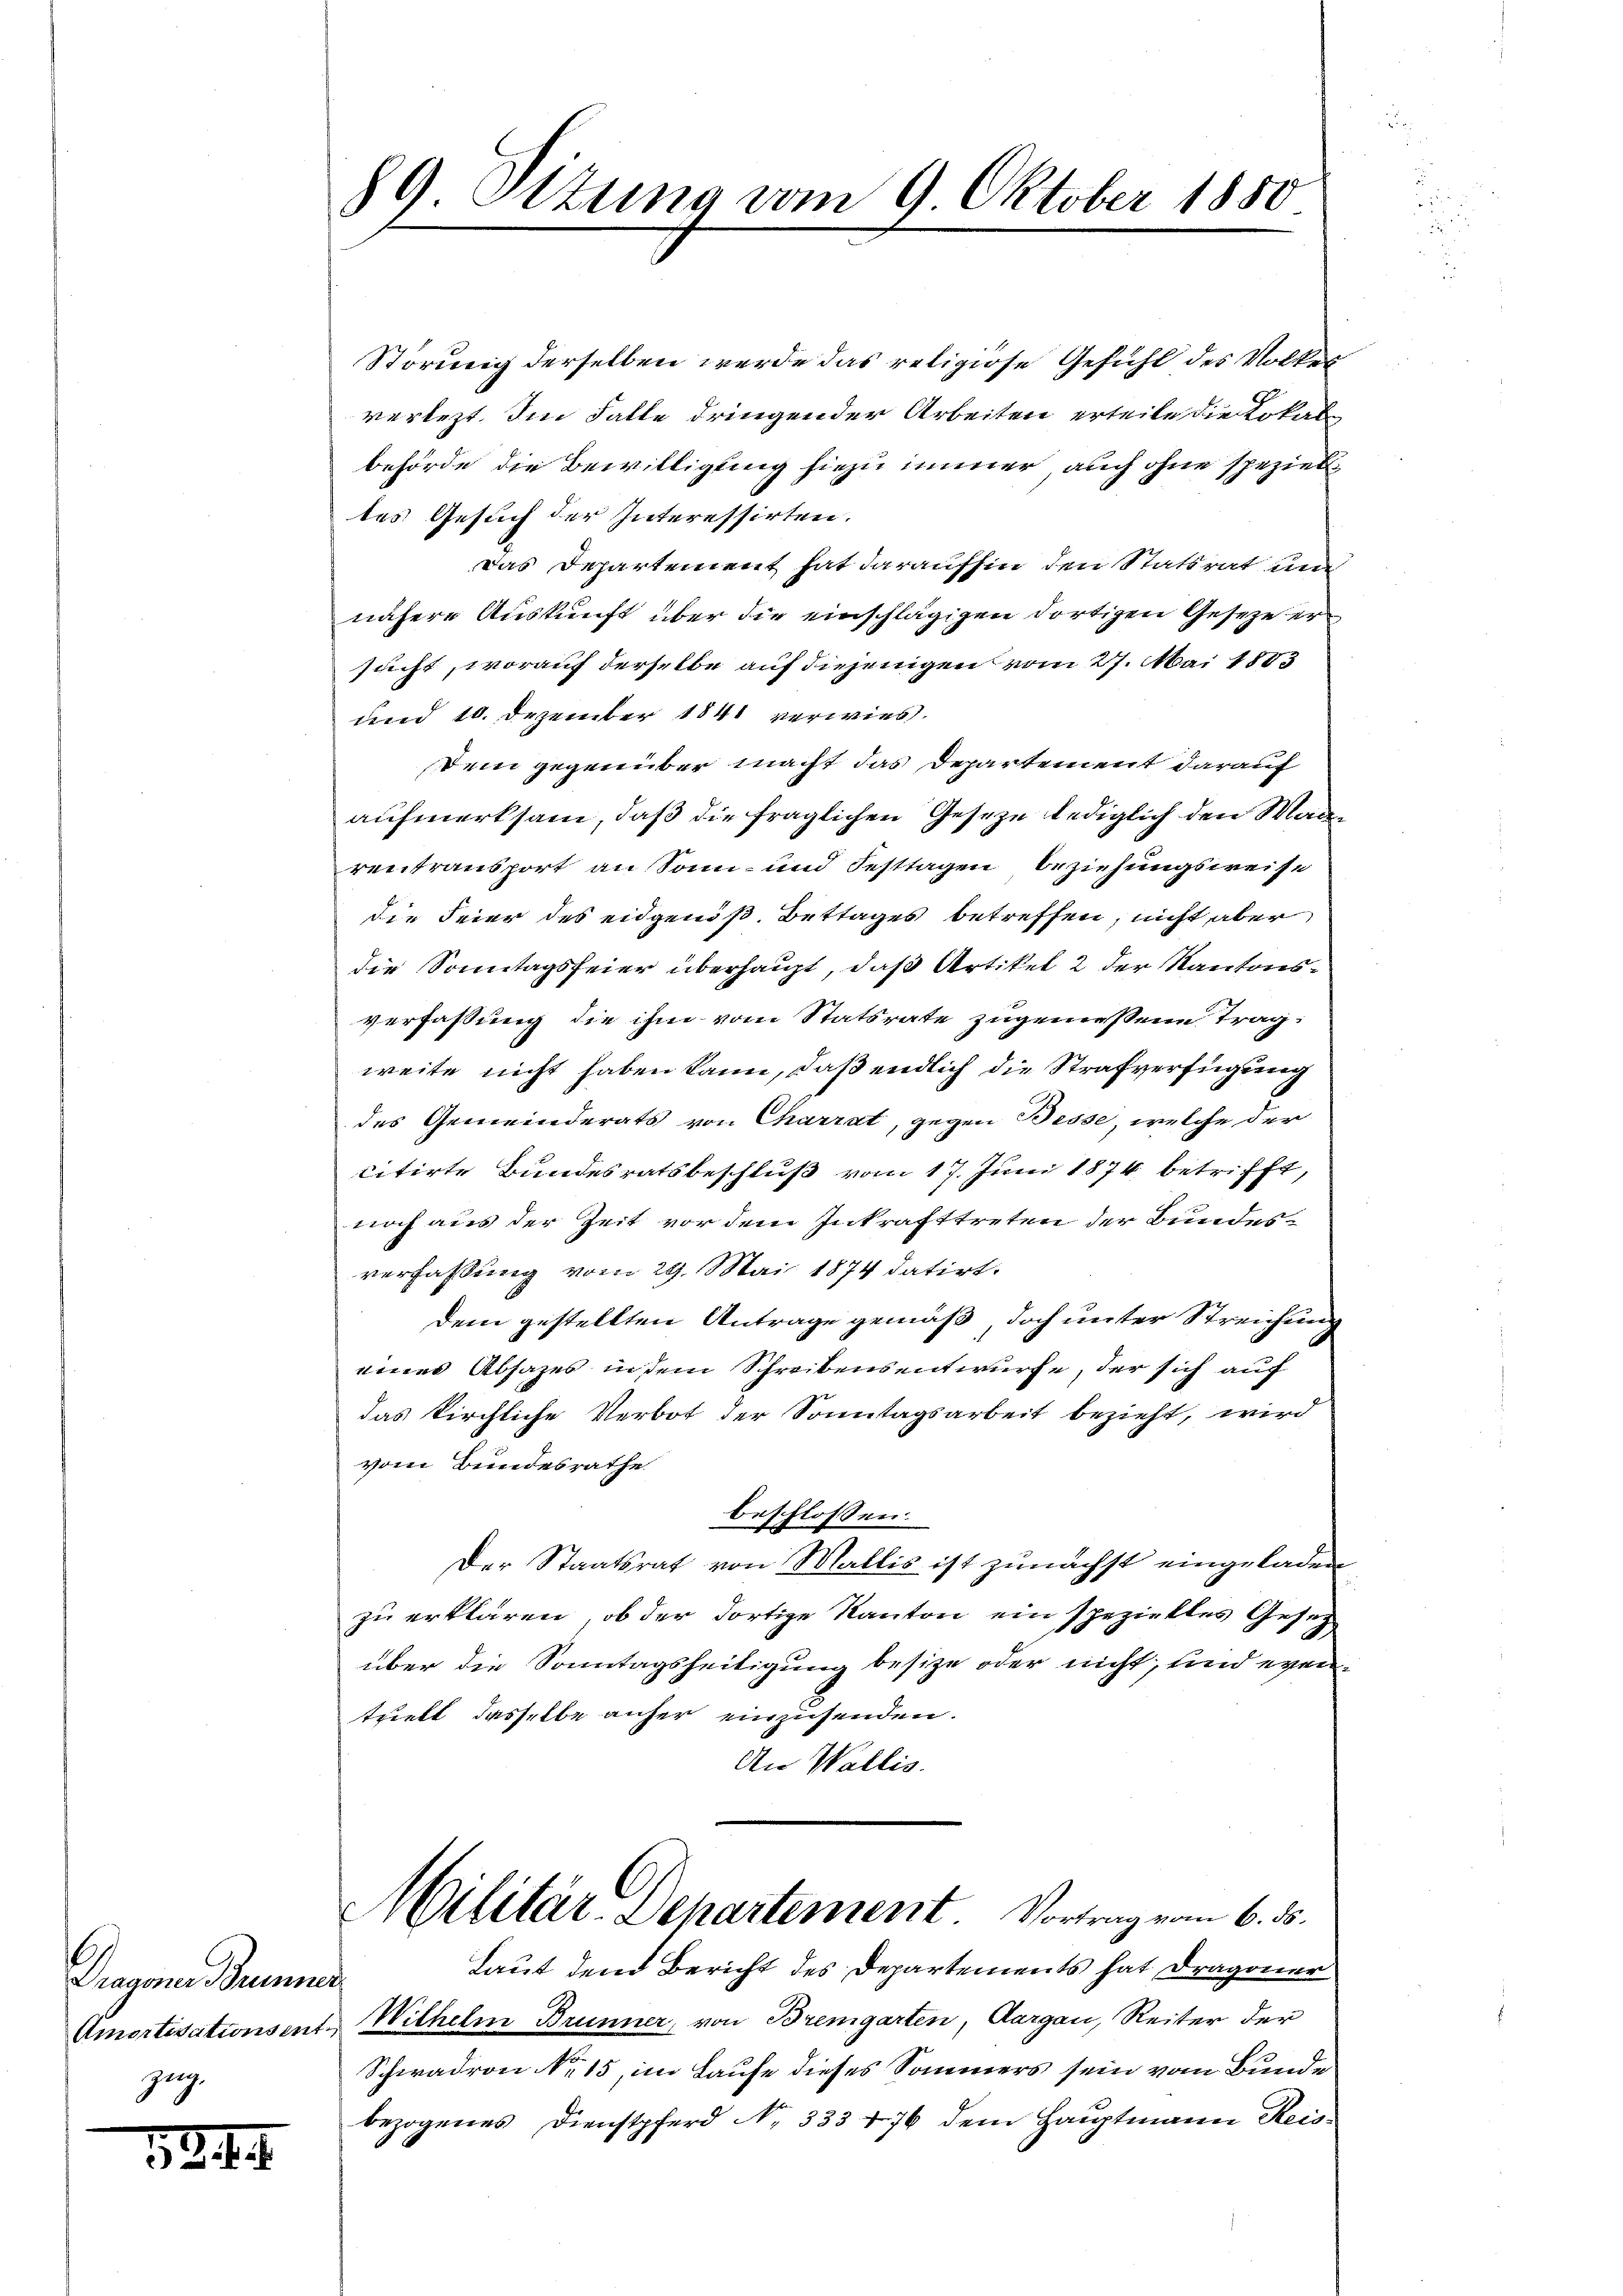
Pragene Brunnen.
zug.

124.

89. Ottung vom 9. Oktober 1850.

Störung derselben werde das religiose Gefühl des Volkes
verletzt. Im Falle dringender Arbeiten erteile die Lokalbehörde die Bewilligung hiezu immer auch ohne spezieltes Gesuch der Interessirten.
Das Departement hat daraufhin den Statsrat und
nähere Auskunft über die einschlägigen dortigen Geseze er
sucht, worauf derselbe auf diejenigen vom 27. Mai 1883
und 10. Dezember 1841 verwies.
Dem gegenüber macht das Departement darauf
aufmerksam, daß die fraglichen Geseze lediglich den Magreetransport an Sonn- und Festtagen beziehungsweise
die Feier des eidgenöß. Bettages betreffen, nicht aber
die Sonntagsfeier überhaupt, daß Artikel 2 der Kantonsverfassung die ihm vom Statsrate zugemessene Trag:
weite nicht haben kann, daß endlich die Strafverfügung
des Gemeinderats von Charrat, gegen Besse, welche der
citirte Bundesratsbeschluß vom 17. Juni 1874 betrifft,
noch aus der Zeit vor dem Inkrafttreten der Bundesverfassung vom 29. Mai 1874 datirt.
Dem gestellten Antrage gemäß doch unter Streichung
eines Absages in dem Schreibensentwurfe, der sich auf
das kirchliche Verbot der Sonntagsarbeit bezieht, wird
vom Bundesrathe
beschlossen:
Der Staatsrat von Wallis ist zunächst eingeladen
zu erklären, ob der dortige Kanton ein spezielles Gesetz
über die Sonntagsheitigung besize oder nicht, und eventhielt dasselbe anher einzusenden.
An Wallis.
Militär-Departement. Vortrag vom 6. d.
Laut den Bericht des Departements hat Dragoner
Amortisationsent. Wilhelm Brunner, von Bremgarten, Aargau, Reiter der
Schwadron No 15, im Laufe dieses Sommers sein vom Bunde
bezogenes Dienstpferd No. 333 476 dem Hauptmann Reis¬